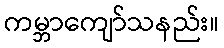
ကမ္ဘာကျော်သနည်း။